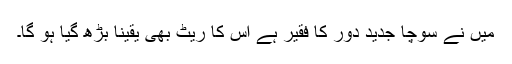
میں نے سوچا جدید دور کا فقیر ہے اس کا ریٹ بھی یقینا بڑھ گیا ہو گا۔